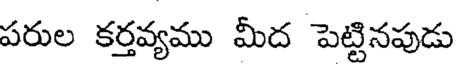
పరుల కర్తవ్యము మీద పెట్టినపుడు